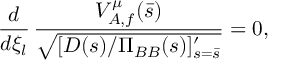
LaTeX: { \frac { d } { d \xi _ { l } } } \, { \frac { V _ { A , f } ^ { \mu } ( \bar { s } ) } { \sqrt { [ D ( s ) / \Pi _ { B B } ( s ) ] _ { s = \bar { s } } ^ { \prime } } } } = 0 ,